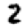
Digit: 2